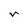
Character: r